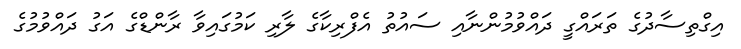
އިގްތިސާދުގެ ތަރައްގީ ދައްވުމުންނާއި ސައުތު އެފްރިކާގެ ލާރި ކަމުގައިވާ ރާންޑްގެ އަގު ދައްވުމުގެ